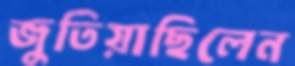
জুতিয়াছিলেন